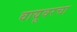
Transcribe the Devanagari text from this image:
वायूवरचा